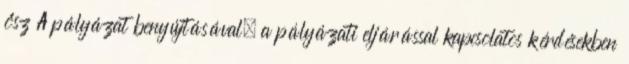
ősz A pályázat benyújtásával, a pályázati eljárással kapcsolatos kérdésekben